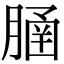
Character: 𦞞